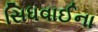
સિધવાઈના